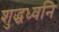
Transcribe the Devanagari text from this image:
शुद्धध्वनि